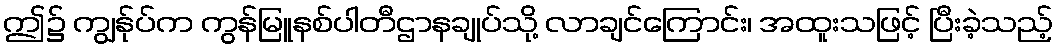
ဤ၌ ကျွန်ုပ်က ကွန်မြူနစ်ပါတီဌာနချုပ်သို့ လာချင်ကြောင်း၊ အထူးသဖြင့် ပြီးခဲ့သည့်